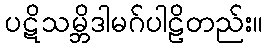
ပဋိသမ္ဘိဒါမဂ်ပါဠိတည်း။